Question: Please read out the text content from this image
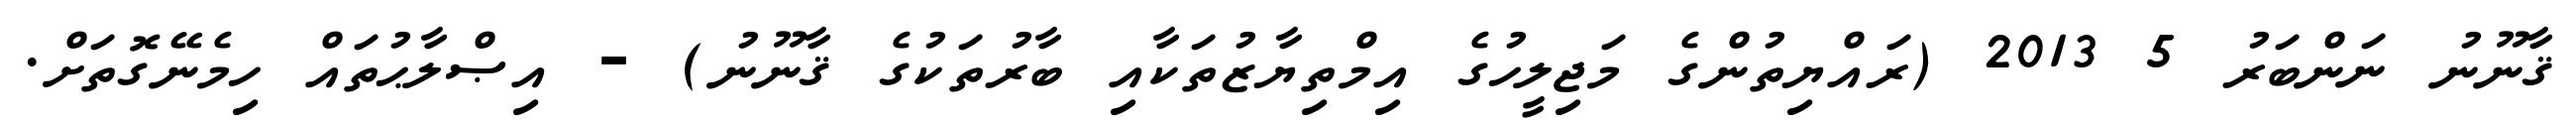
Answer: ޤާނޫނު ނަންބަރު 5 2013 (ރައްޔިތުންގެ މަޖިލީހުގެ އިމްތިޔާޒުތަކާއި ބާރުތަކުގެ ޤާނޫނު) - އިޞްލާޙުތައް ހިމެނޭގޮތަށް.